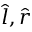
{ \hat { l } } , { \hat { r } }